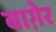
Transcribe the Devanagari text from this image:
बाग़ेर